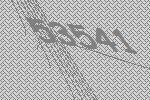
53541